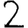
Digit: 2